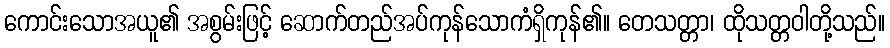
ကောင်းသောအယူ၏ အစွမ်းဖြင့် ဆောက်တည်အပ်ကုန်သောကံရှိကုန်၏။ တေသတ္တာ၊ ထိုသတ္တဝါတို့သည်။